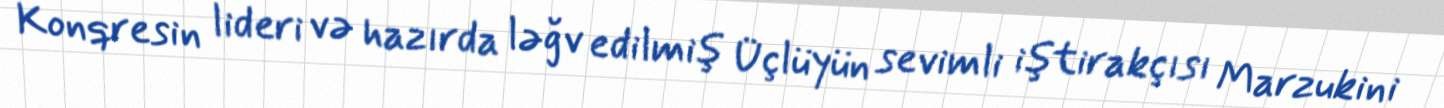
Konqresin lideri və hazırda ləğv edilmiş Üçlüyün sevimli iştirakçısı Marzukini